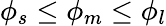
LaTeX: \phi_{s}\leq\phi_{m}\leq\phi_{l}